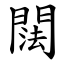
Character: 䦢